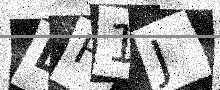
Text: LH1J